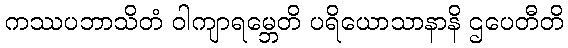
ကဿပဘာသိတံ ဝါကျာရမ္ဘေတိ ပရိယောသာနာနိ ဌပေတီတိ